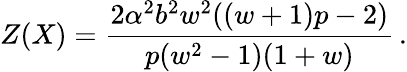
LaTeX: Z(X)=\frac{2\alpha^{2}b^{2}w^{2}((w+1)p-2)}{p(w^{2}-1)(1+w)}\, .